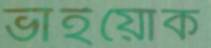
ভাইয়োক